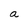
Character: a